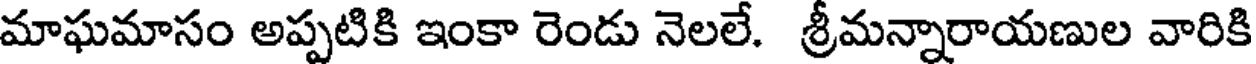
మాఘమాసం అప్పటికి ఇంకా రెండు నెలలే. శ్రీమన్నారాయణుల వారికి